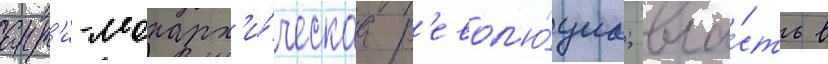
ант'и-монарх'и́ческаа р'евол'ю́циа; вла́сть в